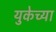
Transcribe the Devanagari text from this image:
युकेच्या